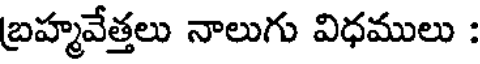
బ్రహ్మవేత్తలు నాలుగు విధములు :